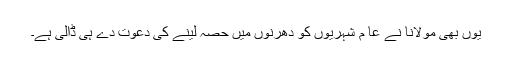
یوں بھی مولانا نے عا م شہریوں کو دھرنوں میں حصہ لینے کی دعوت دے ہی ڈالی ہے۔